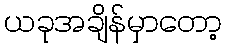
ယခုအချိန်မှာတော့